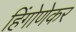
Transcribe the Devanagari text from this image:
हिंगोणेकर